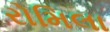
રોમિલા